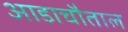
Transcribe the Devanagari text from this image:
आडाचौताल